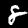
Label: 8